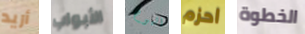
أريد الأبواب اليوم احزم الخطوة